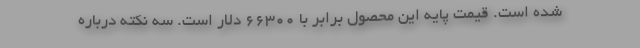
شده است. قیمت پایه این محصول برابر با 66300 دلار است. سه نکته درباره